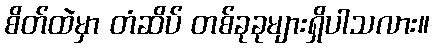
စိတ်ထဲမှာ တံဆိပ် တစ်ခုခုများရှိပါသလား။